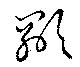
顯